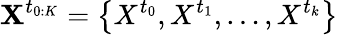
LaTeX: {\mathbf{X}}^{t_{0:K}}=\left\{ X^{t_{0}},X^{t_{1}},\ldots,X^{t_{k}}\right\}